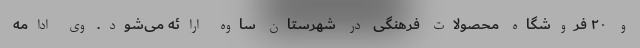
و ۲۰ فروشگاه محصولات فرهنگی در شهرستان ساوه ارائه می‌شود. وی ادامه